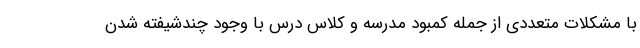
با مشکلات متعددی از جمله کمبود مدرسه و کلاس درس با وجود چندشیفته شدن